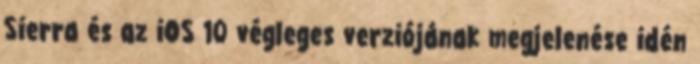
Sierra és az iOS 10 végleges verziójának megjelenése idén